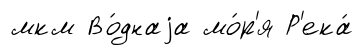
мкм Во́днаjа мо́р'я Р'ека́